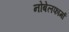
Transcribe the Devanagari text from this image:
नोबेलफार्मा